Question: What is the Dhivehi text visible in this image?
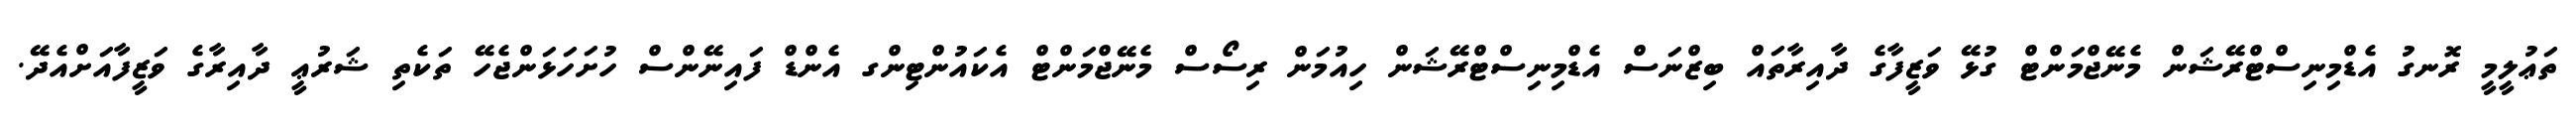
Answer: ތަޢުލީމީ ރޮނގު އެޑްމިނިސްޓްރޭޝަން މެނޭޖްމަންޓް ގުޅޭ ވަޒީފާގެ ދާއިރާތައް ބިޒްނަސް އެޑްމިނިސްޓްރޭޝަން ހިއުމަން ރިސޯސް މެނޭޖްމަންޓް އެކައުންޓިންގ އެންޑް ފައިނޭންސް ހުށަހަޅަންޖެހޭ ތަކެތި ޝަރުޢީ ދާއިރާގެ ވަޒީފާއަށްއެދޭ.